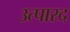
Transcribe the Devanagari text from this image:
उत्पारद